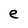
Character: e